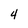
Character: 4